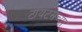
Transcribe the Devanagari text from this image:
टायटसच्या